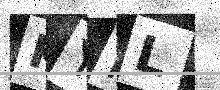
Text: KYFL